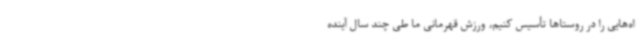
اه‌هایی را در روستاها تأسیس کنیم، ورزش قهرمانی ما طی چند سال آینده